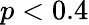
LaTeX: p<0.4